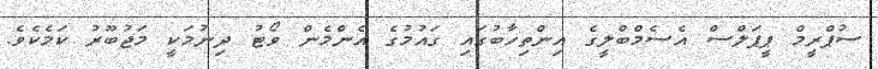
ސުޕްރީމް ޕީޕަލްސް އެސެމްބްލީގެ އިންތިހާބުގައި ގައުމުގެ އެންމެން ވޯޓު ދިނުމަކީ މަޖުބޫރު ކަމެކެވެ.